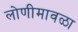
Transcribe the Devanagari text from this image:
लोणीमावळा